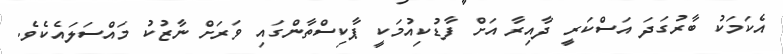
އެކަމަކު ބާރުގަދަ އަސްކަރީ ދާއިރާ އަށް ފާޑުކިއުމަކީ ޕާކިސްތާންގައި ވަރަށް ނާޒުކު މައްސަލައެކެވެ.